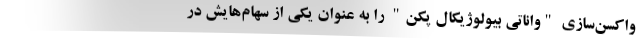
واکسن‌سازی "واناتی بیولوژیکال پکن" را به عنوان یکی از سهام‌هایش در